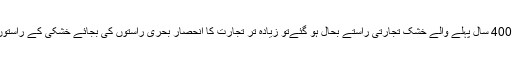
اگر چائنہ کی مدد سے 400 سال پہلے والے خشک تجارتی راستے بحال ہو گئےتو زیادہ تر تجارت کا انحصار بحری راستوں کی بجائے خشکی کے راستوں کی طرف ہو جائےگا۔